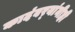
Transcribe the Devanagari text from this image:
कादंबर्‍यांनीही